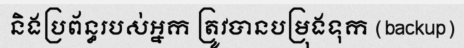
និងប្រព័ន្ធរបស់អ្នក ត្រូវបានបម្រុងទុក (backup)